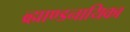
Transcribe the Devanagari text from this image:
ब्र्ह्माण्डनायिका